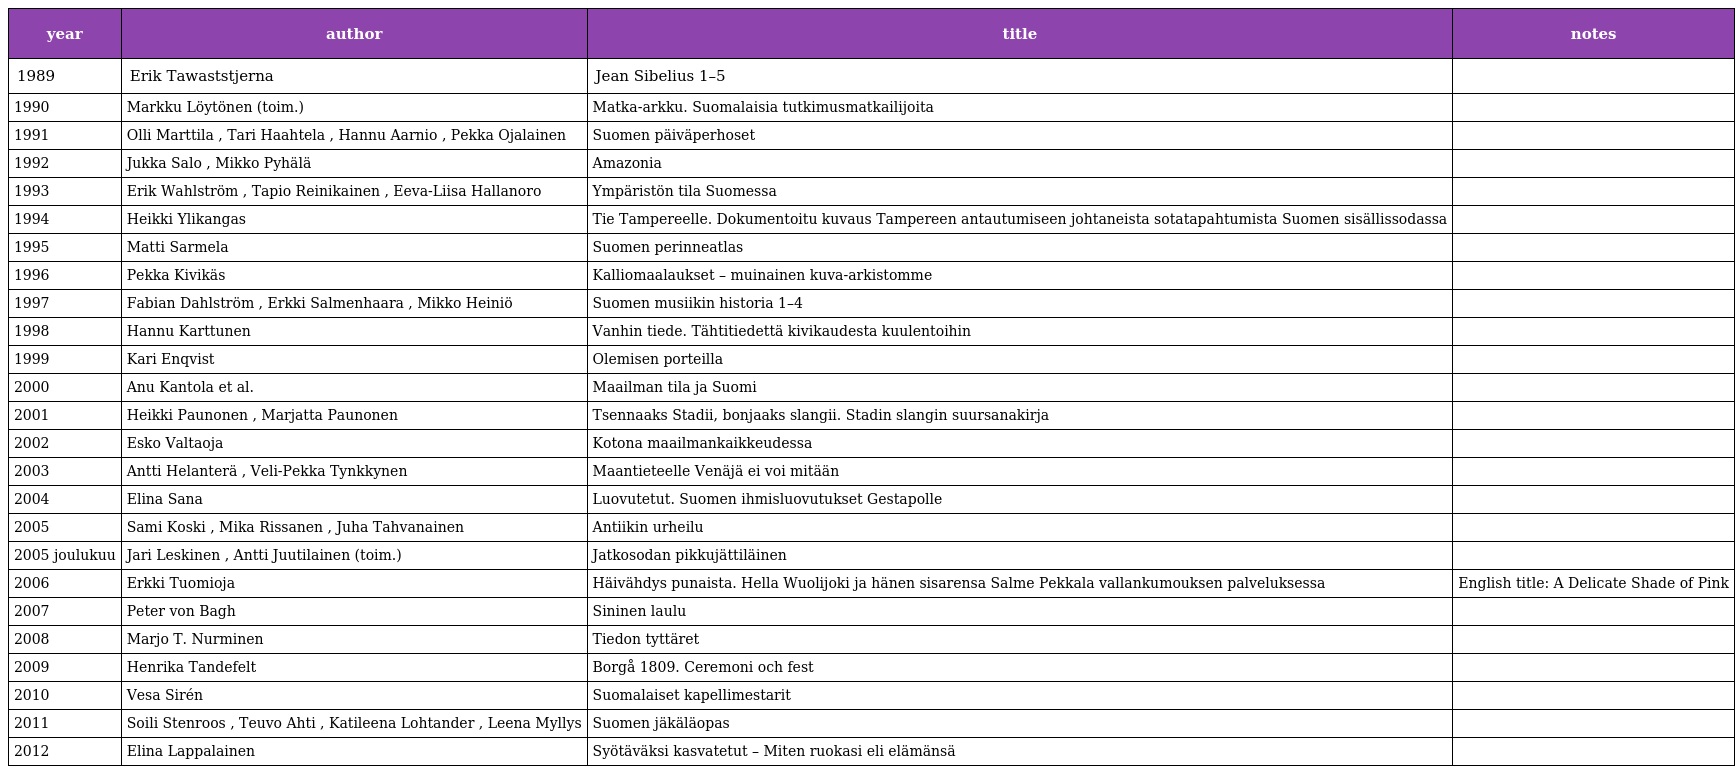
| year | author | title | notes |
 | --- | --- | --- | --- |
 | 1989 | Erik Tawaststjerna | Jean Sibelius 1–5 |  |
 | 1990 | Markku Löytönen (toim.) | Matka-arkku. Suomalaisia tutkimusmatkailijoita |  |
 | 1991 | Olli Marttila , Tari Haahtela , Hannu Aarnio , Pekka Ojalainen | Suomen päiväperhoset |  |
 | 1992 | Jukka Salo , Mikko Pyhälä | Amazonia |  |
 | 1993 | Erik Wahlström , Tapio Reinikainen , Eeva-Liisa Hallanoro | Ympäristön tila Suomessa |  |
 | 1994 | Heikki Ylikangas | Tie Tampereelle. Dokumentoitu kuvaus Tampereen antautumiseen johtaneista sotatapahtumista Suomen sisällissodassa |  |
 | 1995 | Matti Sarmela | Suomen perinneatlas |  |
 | 1996 | Pekka Kivikäs | Kalliomaalaukset – muinainen kuva-arkistomme |  |
 | 1997 | Fabian Dahlström , Erkki Salmenhaara , Mikko Heiniö | Suomen musiikin historia 1–4 |  |
 | 1998 | Hannu Karttunen | Vanhin tiede. Tähtitiedettä kivikaudesta kuulentoihin |  |
 | 1999 | Kari Enqvist | Olemisen porteilla |  |
 | 2000 | Anu Kantola et al. | Maailman tila ja Suomi |  |
 | 2001 | Heikki Paunonen , Marjatta Paunonen | Tsennaaks Stadii, bonjaaks slangii. Stadin slangin suursanakirja |  |
 | 2002 | Esko Valtaoja | Kotona maailmankaikkeudessa |  |
 | 2003 | Antti Helanterä , Veli-Pekka Tynkkynen | Maantieteelle Venäjä ei voi mitään |  |
 | 2004 | Elina Sana | Luovutetut. Suomen ihmisluovutukset Gestapolle |  |
 | 2005 | Sami Koski , Mika Rissanen , Juha Tahvanainen | Antiikin urheilu |  |
 | 2005 joulukuu | Jari Leskinen , Antti Juutilainen (toim.) | Jatkosodan pikkujättiläinen |  |
 | 2006 | Erkki Tuomioja | Häivähdys punaista. Hella Wuolijoki ja hänen sisarensa Salme Pekkala vallankumouksen palveluksessa | English title: A Delicate Shade of Pink |
 | 2007 | Peter von Bagh | Sininen laulu |  |
 | 2008 | Marjo T. Nurminen | Tiedon tyttäret |  |
 | 2009 | Henrika Tandefelt | Borgå 1809. Ceremoni och fest |  |
 | 2010 | Vesa Sirén | Suomalaiset kapellimestarit |  |
 | 2011 | Soili Stenroos , Teuvo Ahti , Katileena Lohtander , Leena Myllys | Suomen jäkäläopas |  |
 | 2012 | Elina Lappalainen | Syötäväksi kasvatetut – Miten ruokasi eli elämänsä |  |